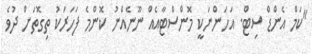
"ކަމް އެންޑް ސިޓް. އަހަންނަކީ މޮންސްޓާއެއް ނޫނެއްނު ކޮންމެ ފަހަރަކު ތިގޮތަށް ދުވެ